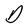
Character: D